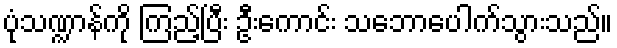
ပုံသဏ္ဍာန်ကို ကြည့်ပြီး ဦးကောင်း သဘောပေါက်သွားသည်။